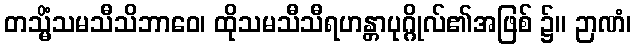
တသ္မိံသမသီသိဘာဝေ၊ ထိုသမသီသီရဟန္တာပုဂ္ဂိုလ်၏အဖြစ် ၌။ ဉာဏံ၊